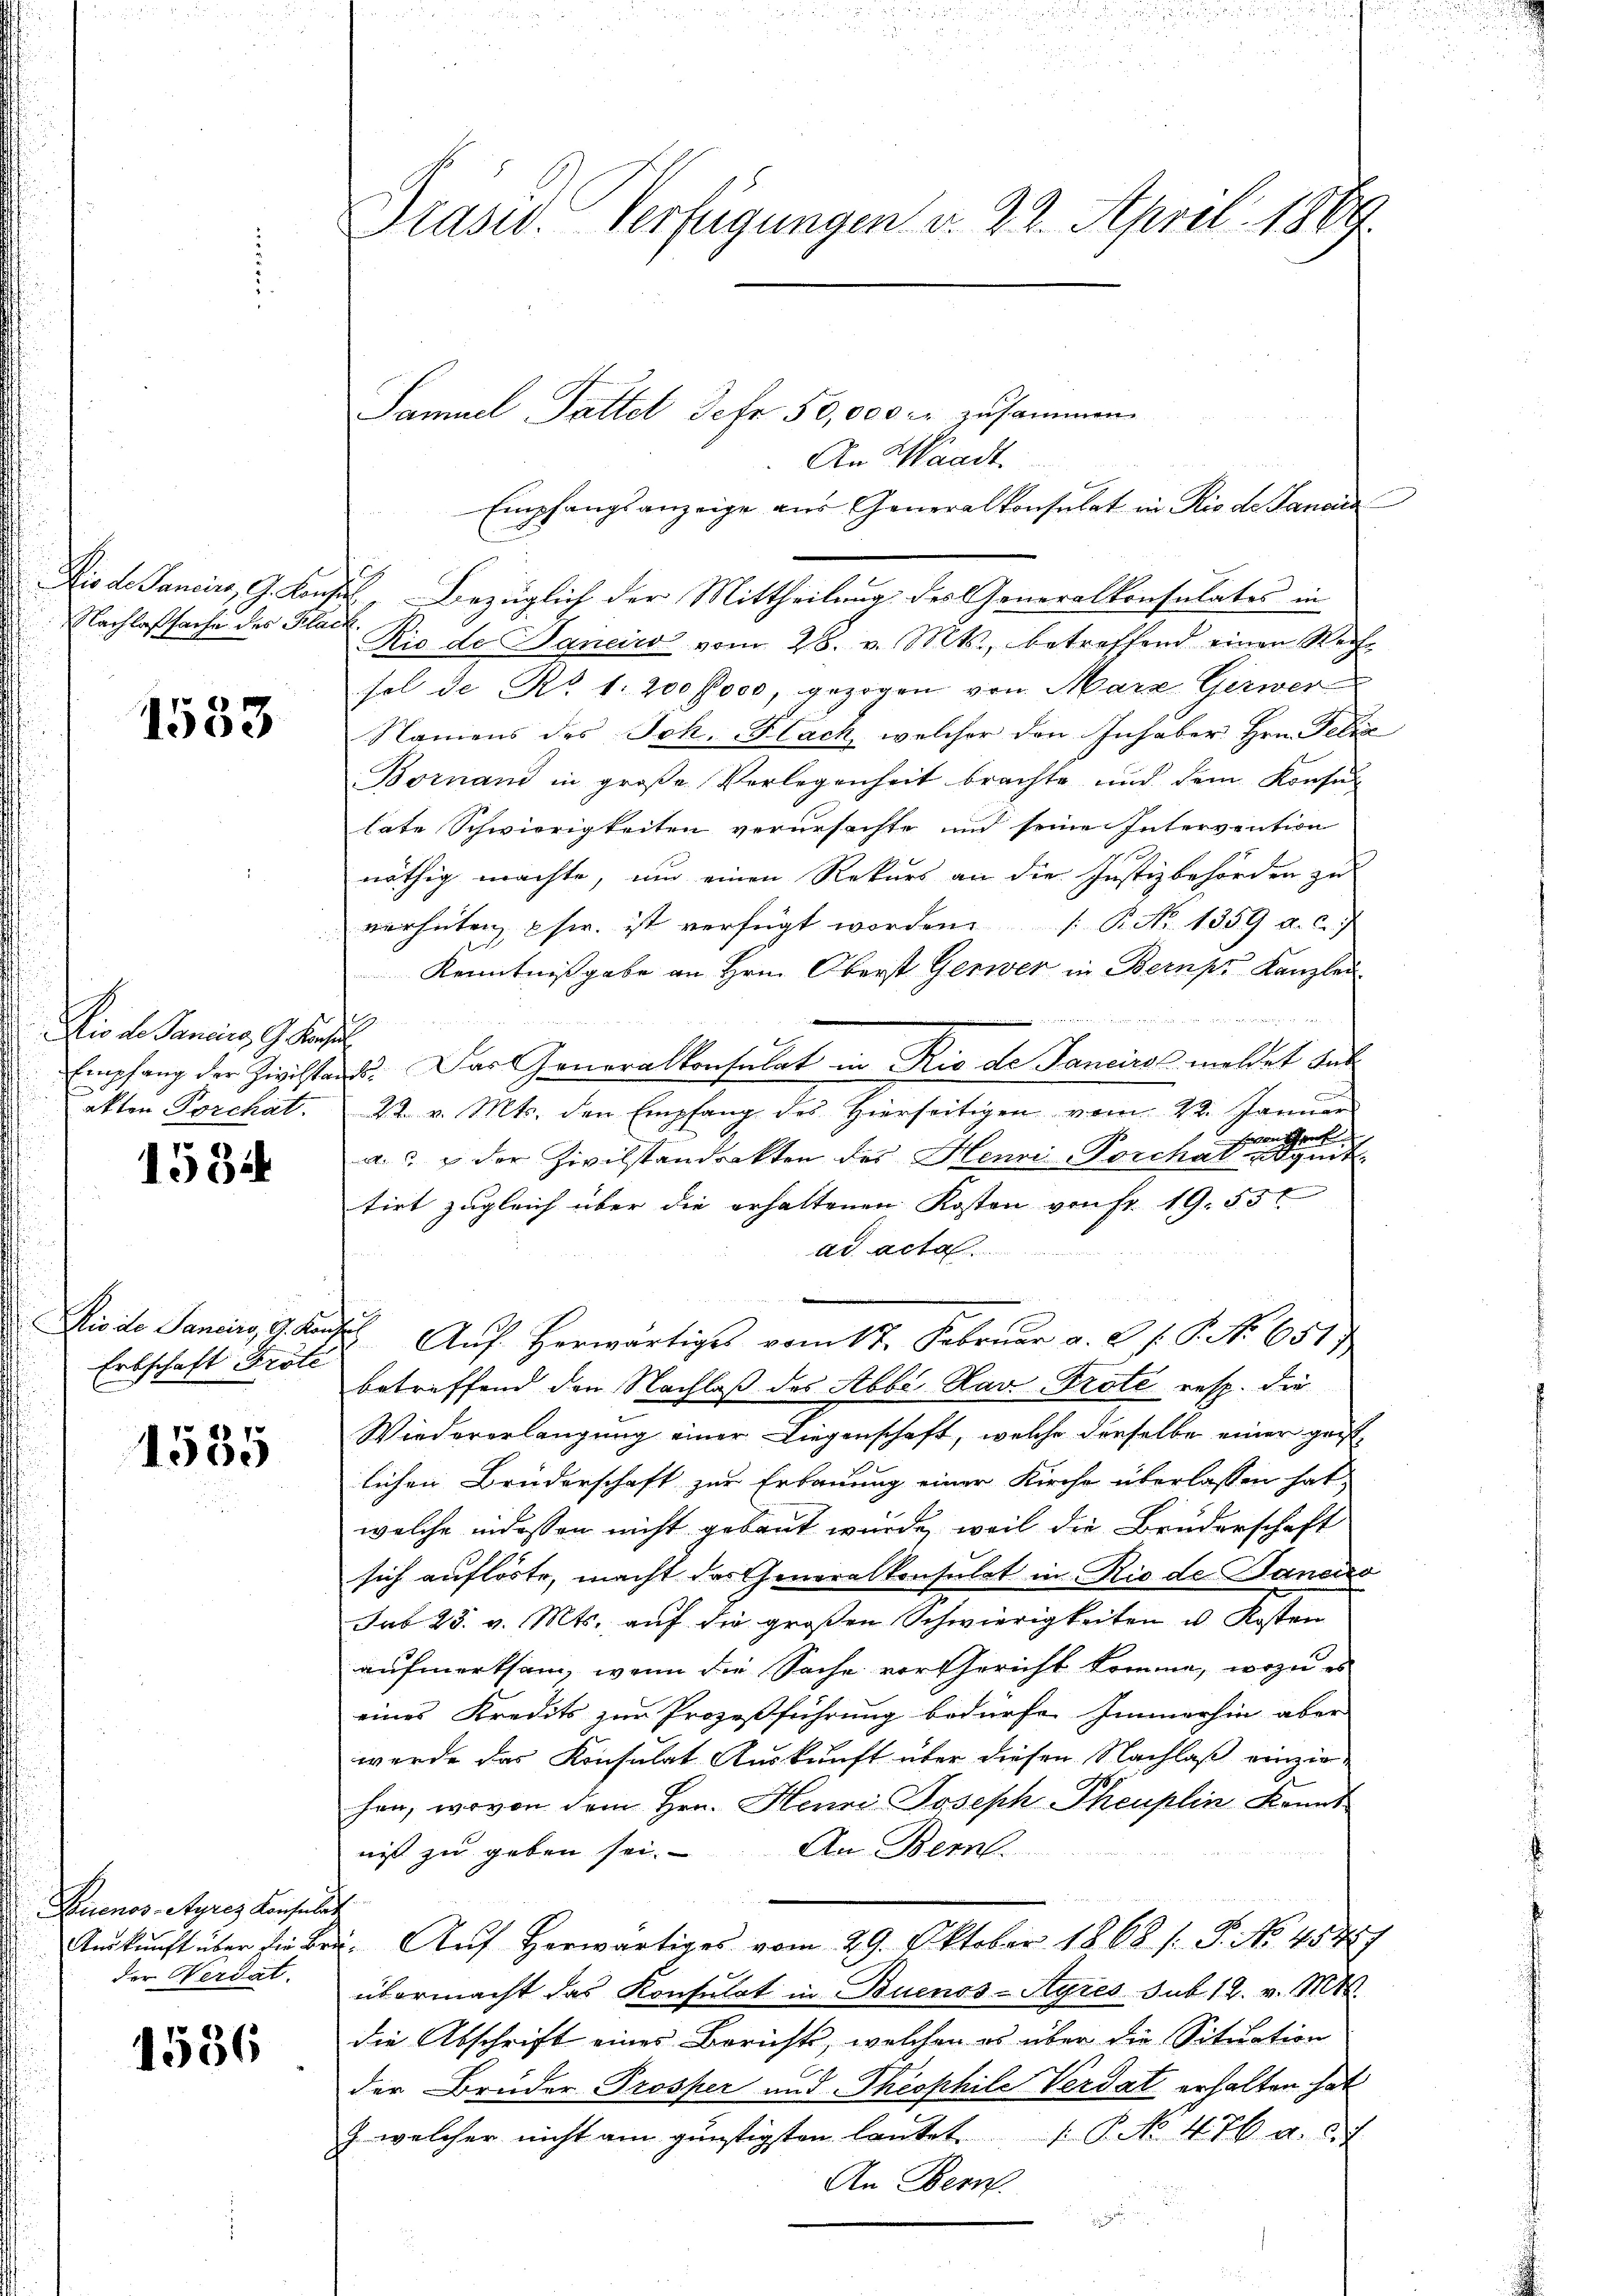
is de Panciers, 9. Kom
Nachlaßsache des Klach

1583

ind

Dis de Pancies G. Konsul
Empfang der Zivilstan
u
akten Porchät
u

1534

Dio de Sancirg, G. Kon
Erbschaft Pröte

1535

Buenos-Ayres Konsulat
Auskunft über die Bern
der Verdat.

1536

Drasid. Verfügungen v. 22. April 1889.

Samuel Faltet Sefr 50,000 fr zusammen.

An Waadt.
Empfangsanzeige aus Generalkonsulat in Rio de Janei
Rio de Bancic vom 28. v. Mts., betreffend einen Weih-
sel de N. 1. 200 foco, gezogen von Marz Gerwer
Namens des Joh. Stack, welcher den Inhaber Hrn. Felix
Bornand in große Vorlegenheit brachte und dem Konsu-
late Schwierigkeiten verursachte und seine Intervention
nöthig machte, um einen Rekurs an die Justizbehörden zu
verhüten her. ist verfügt worden. P. No 1359. a. c.
Kenntnißgabe an Hrn. Oberst Gerwer in Bernpe Kanzlei.

d. Das Generalkonsulat in Rio de Tanciro meldet sub
22. v. Mts. den Empfang des hierseitigen vom 22. Januar
von Schrif
a.   der Zivilstandrakten des Henri-Porchat Equit.
tirt zugleich über die erhaltenen Kosten von fr. 19. 551.
ad acta
 Aŭf herwärtiges vom 17. Febrŭar a. a. f. P. Nr. 651)
betreffend den Nachlaß des Abbe Kar-Prote resp. die
Wiedererlangung einer Liegenschaft, welche derselbe einer geist-
lichen Bruderschaft zur Erbauung einer Kirche überlassen hat,
welche indessen nicht gebaut wurde, weil die Bruderschaft
sich auflöste, macht das Generalkonsulat in Rio de Janeiro
sub 23. v. Mts. auf die großen Schwierigkeiten u. Kosten
aufmerksam, wenn die Sache vor Gericht komme, wozu es
eines Kredits zur Prozeßführung bedürfe. Immerhin aber
werde das Konsulat Auskunft über diesen Nachlaß einzie-
hen, wovon dem Hrn. Henri Joseph Theuplin konnt
An Bern.
nis zu geben sei.
. Aŭf herwärtiges vom 29. Oktober 1868 /: P. No. 45457
übermacht das Konsulat in Buenos-Ayres sub. 18. v. Mts.
die Abschrift eines Berichts, welchen es über die Situation
der Brüder Prosper und Theophile Verdat erhalten hat
 welcher nicht am günstigsten lautet P. No 476 d. 27
An Bern.

2. Bezüglich der Mittheilung des Generalkonsulates in